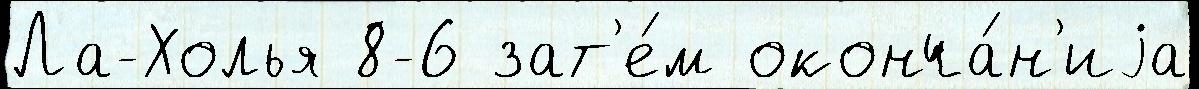
Ла-Холья 8-6 зат'е́м оконча́н'иjа